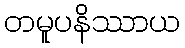
တမူပနိဿာယ